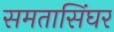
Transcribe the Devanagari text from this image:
समतासिंघर